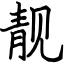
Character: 靓